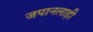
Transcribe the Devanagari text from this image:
जपानलाही